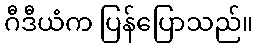
ဂီဒီယံက ပြန်ပြောသည်။